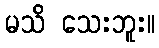
မသိ သေးဘူး။